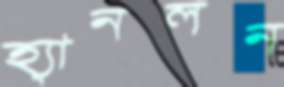
হ্যানলন